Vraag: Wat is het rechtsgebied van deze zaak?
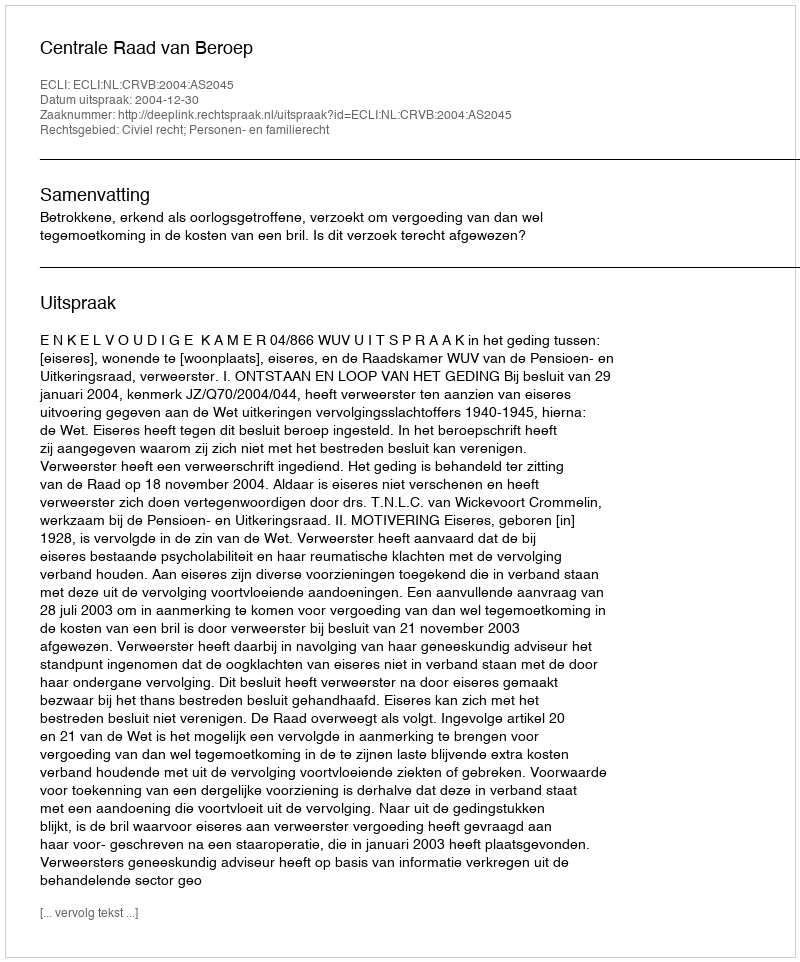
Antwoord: Civiel recht; Personen- en familierecht